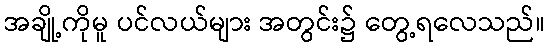
အချို့ကိုမူ ပင်လယ်များ အတွင်း၌ တွေ့ရလေသည်။